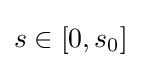
s\in [0,s_{0}]